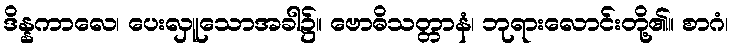
ဒိန္နကာလေ၊ ပေးလှူသောအခါ၌။ ဗောဓိသတ္တာနံ၊ ဘုရားလောင်းတို့၏။ စာဂံ၊